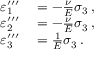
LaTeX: \begin{array} { r l } { \varepsilon _ { 1 } ^ { \prime \prime \prime } } & { { } = - { \frac { \nu } { E } } \sigma _ { 3 } \, , } \\ { \varepsilon _ { 2 } ^ { \prime \prime \prime } } & { { } = - { \frac { \nu } { E } } \sigma _ { 3 } \, , } \\ { \varepsilon _ { 3 } ^ { \prime \prime \prime } } & { { } = { \frac { 1 } { E } } \sigma _ { 3 } \, . } \end{array}